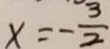
x = - \frac { 3 } { 2 }